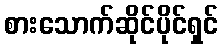
စားသောက်ဆိုင်ပိုင်ရှင်